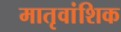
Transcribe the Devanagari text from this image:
मातृवांशिक